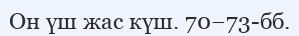
Он үш жас күш. 70−73-бб.